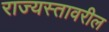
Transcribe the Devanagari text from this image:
राज्यस्तावरील